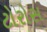
ટોરોસ